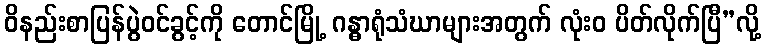
ဝိနည်းစာပြန်ပွဲဝင်ခွင့်ကို တောင်မြို့ ဂန္ဓာရုံသံဃာများအတွက် လုံးဝ ပိတ်လိုက်ပြီ”လို့